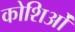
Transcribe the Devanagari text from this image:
कोशिओं